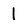
Character: 1